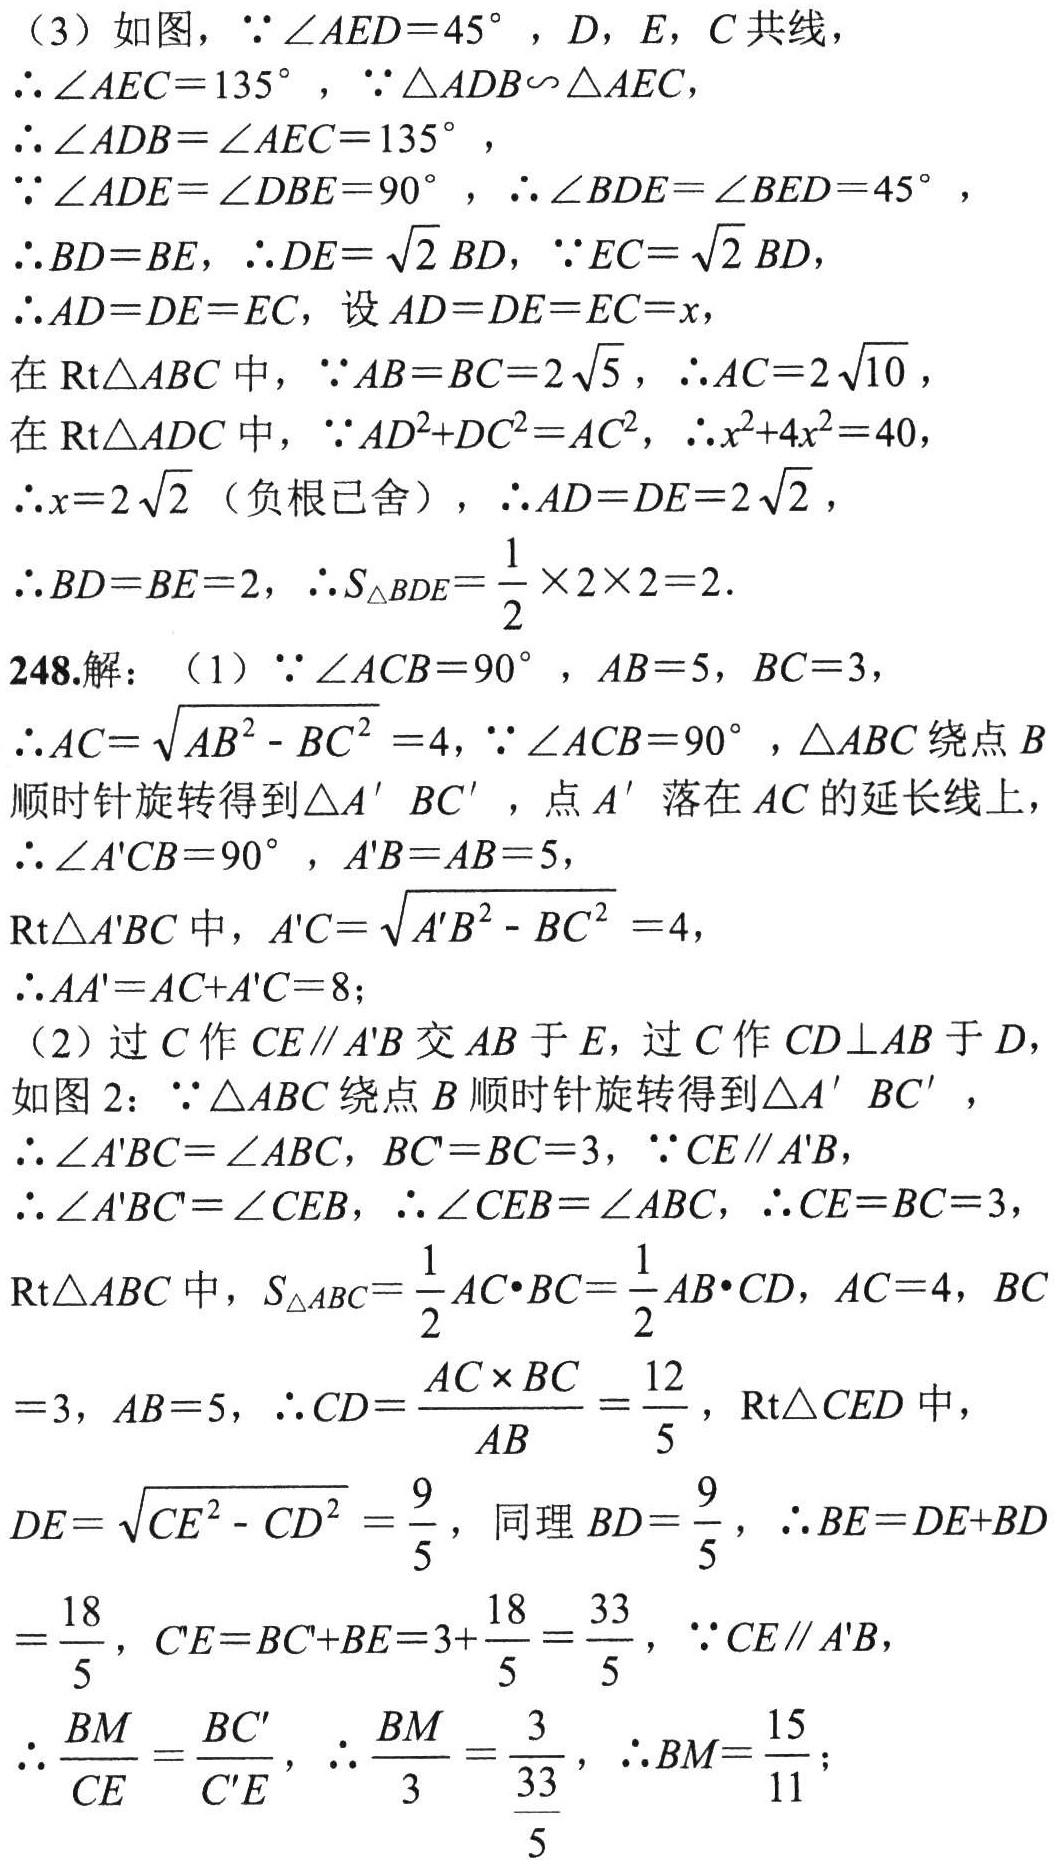
（3）如图，\(\because\angle AED = 45^{\circ}\)，\(D\)，\(E\)，\(C\)共线，
\(\therefore\angle AEC = 135^{\circ}\)，\(\because\triangle ADB\sim\triangle AEC\)，
\(\therefore\angle ADB=\angle AEC = 135^{\circ}\)，
\(\because\angle ADE=\angle DBE = 90^{\circ}\)，\(\therefore\angle BDE=\angle BED = 45^{\circ}\)，
\(\therefore BD = BE\)，\(\therefore DE=\sqrt{2}BD\)，\(\because EC=\sqrt{2}BD\)，
\(\therefore AD = DE = EC\)，设\(AD = DE = EC=x\)，
在\(\text{Rt}\triangle ABC\)中，\(\because AB = BC = 2\sqrt{5}\)，\(\therefore AC = 2\sqrt{10}\)，
在\(\text{Rt}\triangle ADC\)中，\(\because AD^{2}+DC^{2}=AC^{2}\)，\(\therefore x^{2}+4x^{2}=40\)，
\(\therefore x = 2\sqrt{2}\)（负根已舍），\(\therefore AD = DE = 2\sqrt{2}\)，
\(\therefore BD = BE = 2\)，\(\therefore S_{\triangle BDE}=\frac{1}{2}\times2\times2 = 2\)．
248.解：（1）\(\because\angle ACB = 90^{\circ}\)，\(AB = 5\)，\(BC = 3\)，
\(\therefore AC=\sqrt{AB^{2}-BC^{2}} = 4\)，\(\because\angle ACB = 90^{\circ}\)，\(\triangle ABC\)绕点\(B\)顺时针旋转得到\(\triangle A'BC'\)，点\(A'\)落在\(AC\)的延长线上，
\(\therefore\angle A'CB = 90^{\circ}\)，\(A'B = AB = 5\)，
\(\text{Rt}\triangle A'BC\)中，\(A'C=\sqrt{A'B^{2}-BC^{2}} = 4\)，
\(\therefore AA'=AC + A'C = 8\)；
（2）过\(C\)作\(CE\parallel A'B\)交\(AB\)于\(E\)，过\(C\)作\(CD\perp AB\)于\(D\)，
如图2：\(\because\triangle ABC\)绕点\(B\)顺时针旋转得到\(\triangle A'BC'\)，
\(\therefore\angle A'BC=\angle ABC\)，\(BC'=BC = 3\)，\(\because CE\parallel A'B\)，
\(\therefore\angle A'BC=\angle CEB\)，\(\therefore\angle CEB=\angle ABC\)，\(\therefore CE = BC = 3\)，
\(\text{Rt}\triangle ABC\)中，\(S_{\triangle ABC}=\frac{1}{2}AC\cdot BC=\frac{1}{2}AB\cdot CD\)，\(AC = 4\)，\(BC\)
\(= 3\)，\(AB = 5\)，\(\therefore CD=\frac{AC\times BC}{AB}=\frac{12}{5}\)，\(\text{Rt}\triangle CED\)中，
\(DE=\sqrt{CE^{2}-CD^{2}}=\frac{9}{5}\)，同理\(BD=\frac{9}{5}\)，\(\therefore BE = DE + BD\)
\(=\frac{18}{5}\)，\(C'E=BC'+BE = 3+\frac{18}{5}=\frac{33}{5}\)，\(\because CE\parallel A'B\)，
\(\therefore\frac{BM}{CE}=\frac{BC'}{C'E}\)，\(\therefore\frac{BM}{3}=\frac{3}{\frac{33}{5}}\)，\(\therefore BM=\frac{15}{11}\)；